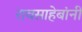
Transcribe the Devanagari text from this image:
रावसाहेबांनीं